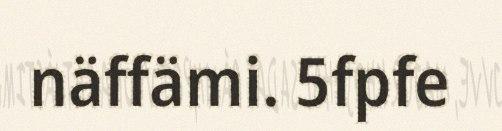
näffämi. 5fpfe